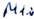
Text: M1.0